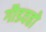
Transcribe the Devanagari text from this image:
गौडवहो